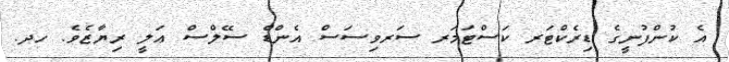
އެ ކުންފުނީގެ ޑިރެކްޓަރ ކަސްޓަމަރ ސަރވިސަސް އެންޑް ސޭލްސް ޢަލީ ރިޔާޒެވެ. ހދ.